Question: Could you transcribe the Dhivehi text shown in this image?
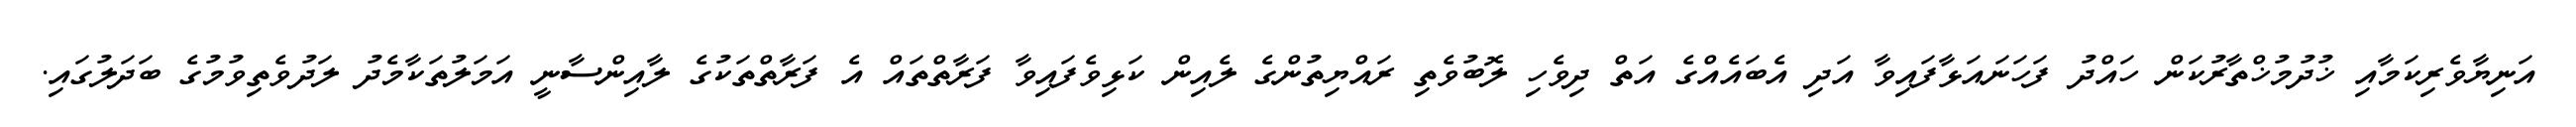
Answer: އަނިޔާވެރިކަމާއި ޚުދުމުޚްތާރުކަން ހައްދު ފަހަނައަޅާފައިވާ އަދި އެބައެއްގެ އަތް ދިވެހި ލޮބުވެތި ރައްޔިތުންގެ ލެއިން ކަޅިވެފައިވާ ފަރާތްތައް އެ ފަރާތްތަކުގެ ލާއިންސާނީ އަމަލުތަކާމެދު ލަދުވެތިވުމުގެ ބަދަލުގައި.